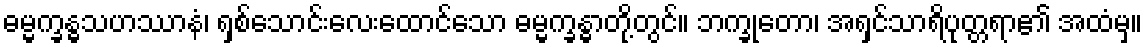
ဓမ္မက္ခန္ဓသဟဿာနံ၊ ရှစ်သောင်းလေးထောင်သော ဓမ္မက္ခန္ဓာတို့တွင်။ ဘက္ခုတော၊ အရှင်သာရိပုတ္တရာ၏ အထံမှ။